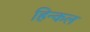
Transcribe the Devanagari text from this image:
हिन्कल